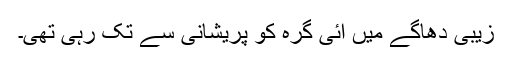
زیبی دھاگے میں آئی گرہ کو پریشانی سے تک رہی تھی۔